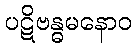
ပဋိဗန္ဓမနောဝ